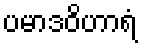
ပမာဒဝိဟာရံ